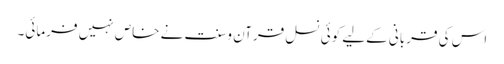
اس کی قربانی کےلیے کوئی نسل قرآن وسنت نے خاص نہیں فرمائی۔